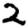
Digit: 2